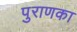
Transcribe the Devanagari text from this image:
पुराणका